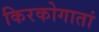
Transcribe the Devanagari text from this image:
किरकोगातां